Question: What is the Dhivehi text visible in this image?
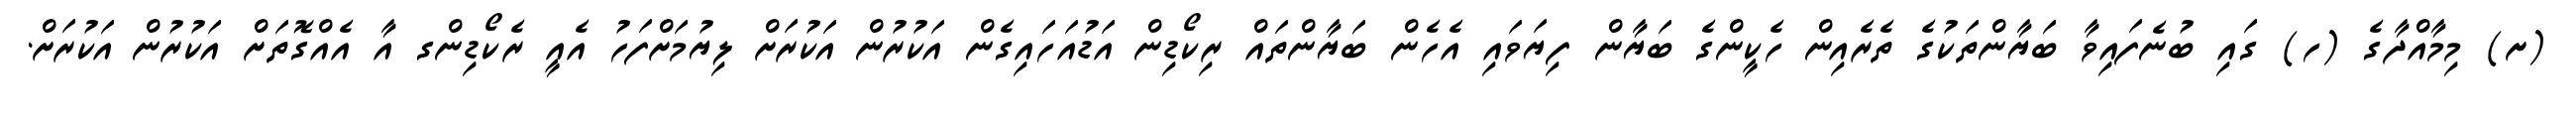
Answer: (ށ) މިމާއްދާގެ (ހ) ގައި ބުނެފައިވާ ބަޔާންތަކުގެ ތެރެއިން ހެކީންގެ ބަޔާން ފިޔަވައި އެހެން ބަޔާންތައް ރިކޯޑިން އަޑުއަހައިގެން އަކުރުން އަކުރަށް ލިޔުމަށްފަހު އެއީ ރެކޯޑިންގ އާ އެއްގޮތަށް އަކުރުން އަކުރަށް.